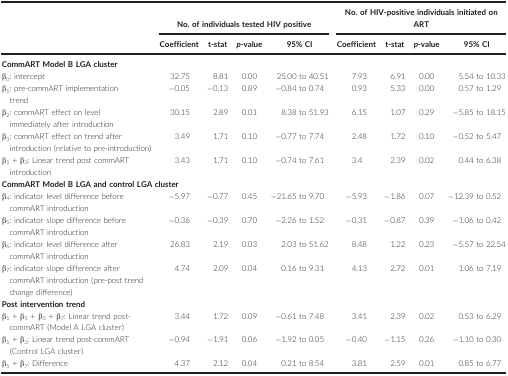
<table><thead><tr><td rowspan="2"></td><td colspan="4"><b>No. of individuals tested HIV positive</b></td><td colspan="4"><b>No. of HIV‐positive individuals initiated on ART</b></td></tr><tr><td><b>Coefficient</b></td><td><b>t‐stat</b></td><td><b><i>p</i>‐value</b></td><td><b>95% CI</b></td><td><b>Coefficient</b></td><td><b>t‐stat</b></td><td><b><i>p</i>‐value</b></td><td><b>95% CI</b></td></tr></thead><tbody><tr><td colspan="9"><b>CommART Model B LGA cluster</b></td></tr><tr><td>β<sub>0</sub>: intercept</td><td>32.75</td><td>8.81</td><td>0.00</td><td>25.00 to 40.51</td><td>7.93</td><td>6.91</td><td>0.00</td><td>5.54 to 10.33</td></tr><tr><td>β<sub>1</sub>: pre‐commART implementation trend</td><td>−0.05</td><td>−0.13</td><td>0.89</td><td>−0.84 to 0.74</td><td>0.93</td><td>5.33</td><td>0.00</td><td>0.57 to 1.29</td></tr><tr><td>β<sub>2</sub>: commART effect on level immediately after introduction</td><td>30.15</td><td>2.89</td><td>0.01</td><td>8.38 to 51.93</td><td>6.15</td><td>1.07</td><td>0.29</td><td>−5.85 to 18.15</td></tr><tr><td>β<sub>3</sub>: commART effect on trend after introduction (relative to pre‐introduction)</td><td>3.49</td><td>1.71</td><td>0.10</td><td>−0.77 to 7.74</td><td>2.48</td><td>1.72</td><td>0.10</td><td>−0.52 to 5.47</td></tr><tr><td>β<sub>1</sub> + β<sub>3</sub>: Linear trend post commART introduction</td><td>3.43</td><td>1.71</td><td>0.10</td><td>−0.74 to 7.61</td><td>3.4</td><td>2.39</td><td>0.02</td><td>0.44 to 6.38</td></tr><tr><td colspan="9"><b>CommART Model B LGA and control LGA cluster</b></td></tr><tr><td>β<sub>4</sub>: indicator level difference before commART introduction</td><td>−5.97</td><td>−0.77</td><td>0.45</td><td>−21.65 to 9.70</td><td>−5.93</td><td>−1.86</td><td>0.07</td><td>−12.39 to 0.52</td></tr><tr><td>β<sub>5</sub>: indicator slope difference before commART introduction</td><td>−0.36</td><td>−0.39</td><td>0.70</td><td>−2.26 to 1.52</td><td>−0.31</td><td>−0.87</td><td>0.39</td><td>−1.06 to 0.42</td></tr><tr><td>β<sub>6</sub>: indicator level difference after commART introduction</td><td>26.83</td><td>2.19</td><td>0.03</td><td>2.03 to 51.62</td><td>8.48</td><td>1.22</td><td>0.23</td><td>−5.57 to 22.54</td></tr><tr><td>β<sub>7</sub>: indicator slope difference after commART introduction (pre‐post trend change difference)</td><td>4.74</td><td>2.09</td><td>0.04</td><td>0.16 to 9.31</td><td>4.13</td><td>2.72</td><td>0.01</td><td>1.06 to 7.19</td></tr><tr><td colspan="9"><b>Post intervention trend</b></td></tr><tr><td>β<sub>1</sub> + β<sub>5</sub> + β<sub>3</sub> + β<sub>7</sub>: Linear trend post‐commART (Model A LGA cluster)</td><td>3.44</td><td>1.72</td><td>0.09</td><td>−0.61 to 7.48</td><td>3.41</td><td>2.39</td><td>0.02</td><td>0.53 to 6.29</td></tr><tr><td>β<sub>1</sub> + β<sub>3</sub>: Linear trend post‐commART (Control LGA cluster)</td><td>−0.94</td><td>−1.91</td><td>0.06</td><td>−1.92 to 0.05</td><td>−0.40</td><td>−1.15</td><td>0.26</td><td>−1.10 to 0.30</td></tr><tr><td>β<sub>5</sub> + β<sub>7</sub>: Difference</td><td>4.37</td><td>2.12</td><td>0.04</td><td>0.21 to 8.54</td><td>3.81</td><td>2.59</td><td>0.01</td><td>0.85 to 6.77</td></tr></tbody></table>